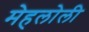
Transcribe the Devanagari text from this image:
मेहलोली